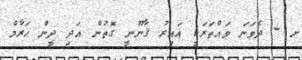
ށ - ދެވަނަ ވައްތަރަކީ ޣައިރު ޤާނޫނީ ގޮތުން އަދި ދީން ޙަރާމް